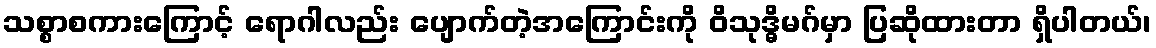
သစ္စာစကားကြောင့် ရောဂါလည်း ပျောက်တဲ့အကြောင်းကို ဝိသုဒ္ဓိမဂ်မှာ ပြဆိုထားတာ ရှိပါတယ်၊